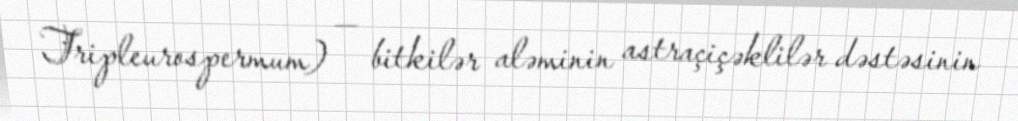
Tripleurospermum) — bitkilər aləminin astraçiçəklilər dəstəsinin